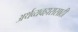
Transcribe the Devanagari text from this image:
अर्थव्यवहारासाठी